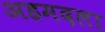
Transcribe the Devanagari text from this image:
अहमदला